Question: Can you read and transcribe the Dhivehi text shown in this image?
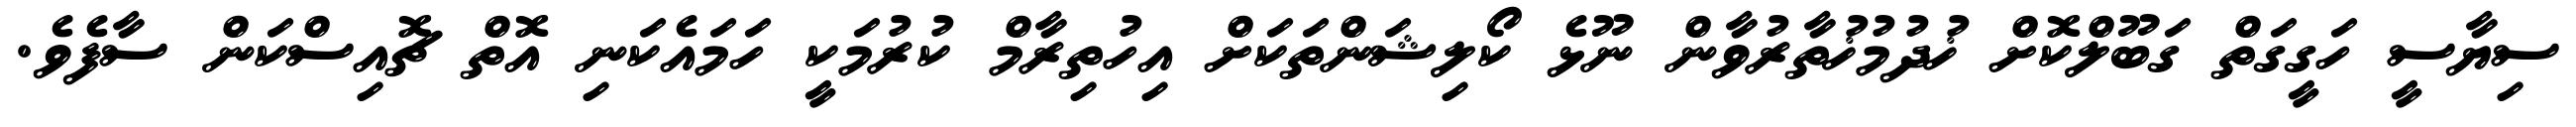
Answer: ސިޔާސީ ހަގީގަތް ގަބޫލްކޮށް ޚުދުމުޚުތާރުވާން ނޫޅެ ކޯލިޝަންތަކަށް އިހުތިރާމް ކުރުމަކީ ހަމައެކަނި އޮތް ޗޮއިސްކަން ސާފެވެ.